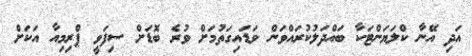
އަދި އޭނާ ކްލަޔަންޓަކާ ބައްދަލުކުރައްވަން ވަޑައިގަތުމަށް ވުރެ ބޮޑަށް ސިފަވީ ޕްރިމިއާ އަކަށް